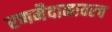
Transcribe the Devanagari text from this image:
रणमैदानावरच